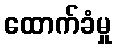
ထောက်ခံမှု